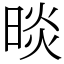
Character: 晱